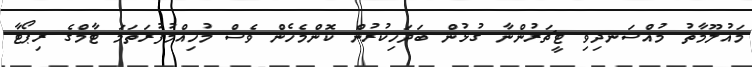
މައުލޫމާތު މުއްސަނދިވި ޓީޗަރުންނާ ގުޅުން ބަދަހިކުރުން ކޮންމެހެން ވެސް މުހިއްމުފުރަތަމަ ޓާމްގެ ރިޕޯޓާ